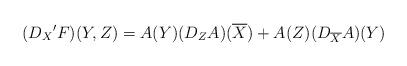
LaTeX: \begin{align*}(D_X{'F})(Y,Z)=A(Y)(D_Z{A})(\overline{X})+A(Z)(D_{\overline{X}}A)(Y)\end{align*}